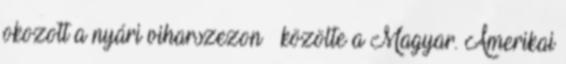
okozott a nyári viharszezon – közölte a Magyar. Amerikai